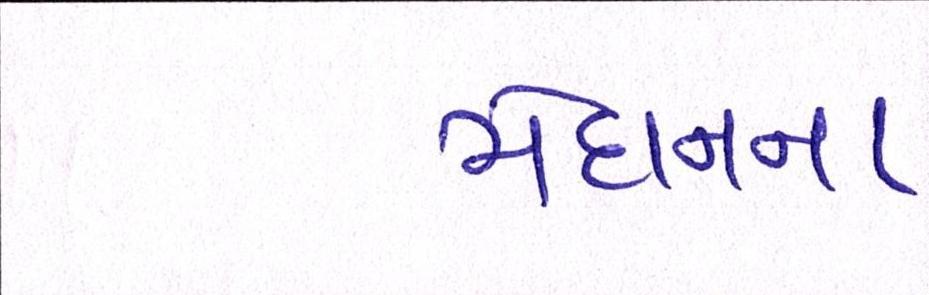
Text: મેદાનના